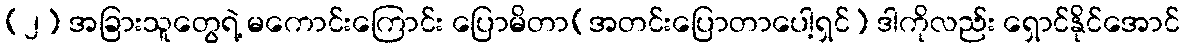
(၂) အခြားသူတွေရဲ့ မကောင်းကြောင်း ပြောမိတာ(အတင်းပြောတာပေါ့ရှင်) ဒါကိုလည်း ရှောင်နိုင်အောင်